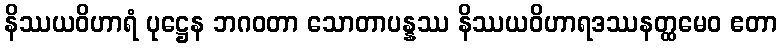
နိဿယဝိဟာရံ ပုဋ္ဌေန ဘဂဝတာ သောတာပန္နဿ နိဿယဝိဟာရဒဿနတ္ထမေဝ ဧတာ